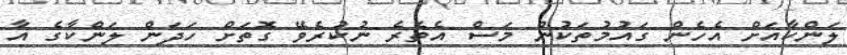
ލަންކާއަށް އެހެން ގައުމުތަކުން މަސް އެތެރެ ނުކުރެވޭ ގޮތަށް ހަދަން ލަންކާގެ އާ